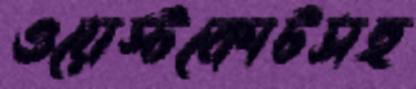
ওয়েস্টকোটসহ